Report on vaccination proceedings throughout the Government of Bengal -
Year: 1868
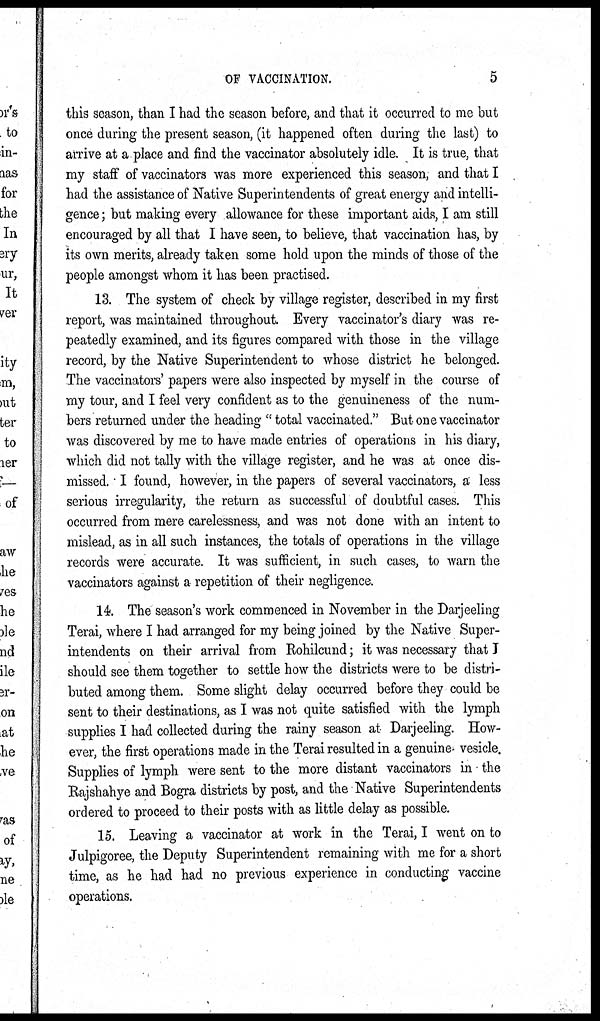
OF VACCINATION.
5
this season, than I had the season before, and that it occurred to me but
once during the present season, (it happened often during the last) to
arrive at a place and find the vaccinator absolutely idle. It is true, that
my staff of vaccinators was more experienced this season, and that I
had the assistance of Native Superintendents of great energy and intelli-
gence ; but making every allowance for these important aids, I am still
encouraged by all that I have seen, to believe, that vaccination has, by
its own merits, already taken some hold upon the minds of those of the
people amongst whom it has been practised.
13. The system of check by village register, described in my first
report, was maintained throughout. Every vaccinator's diary was re-
peatedly examined, and its figures compared with those in the village
record, by the Native Superintendent to whose district he belonged.
The vaccinators' papers were also inspected by myself in the course of
my tour, and I feel very confident as to the genuineness of the num-
bers returned under the heading " total vaccinated." But one vaccinator
was discovered by me to have made entries of operations in his diary,
which did not tally with the village register, and he was at once dis-
missed. I found, however, in the papers of several vaccinators, a less
serious irregularity, the return as successful of doubtful cases. This
occurred from mere carelessness, and was not done with an intent to
mislead, as in all such instances, the totals of operations in the village
records were accurate. It was sufficient, in such cases, to warn the
vaccinators against a repetition of their negligence.
14. The season's work commenced in November in the Darjeeling
Terai, where I had arranged for my being joined by the Native Super-
intendents on their arrival from Rohilcund; it was necessary that I
should see them together to settle how the districts were to be distri-
buted among them. Some slight delay occurred before they could be
sent to their destinations, as I was not quite satisfied with the lymph
supplies I had collected during the rainy season at Darjeeling. How-
ever, the first operations made in the Terai resulted in a genuine vesicle.
Supplies of lymph were sent to the more distant vaccinators in the
Rajshahye and Bogra districts by post, and the Native Superintendents
ordered to proceed to their posts with as little delay as possible.
15. Leaving a vaccinator at work in the Terai, I went on to
Julpigoree, the Deputy Superintendent remaining with me for a short
time, as he had had no previous experience in conducting vaccine
operations.